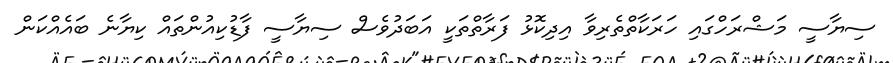
ސިޔާސީ މަޝްރަހްގައި ހަރަކާތްތެރިވާ އިދިކޮޅު ފަރާތްތަކީ އަބަދުވެސް ސިޔާސީ ފާޑުކިއުންތައް ކިޔާނެ ބައެއްކަން